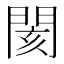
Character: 閡